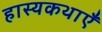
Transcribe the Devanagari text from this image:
हास्यकथाएँ